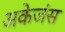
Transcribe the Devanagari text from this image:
अकेजंस